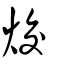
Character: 烄